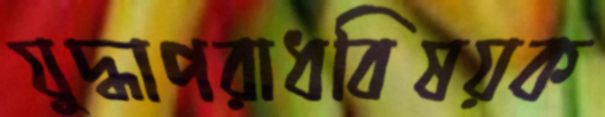
যুদ্ধাপরাধবিষয়ক